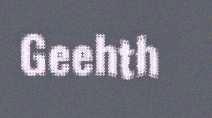
Geehth